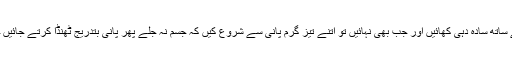
لیکن الرجی کا اثیک ہو نے سے پہلے اور بعد کھانے کے ساتھ سادہ دہی کھائیں اور جب بھی نہائیں تو اتنے تیز گرم پانی سے شروع کیں کہ جسم نہ جلے پھر پانی بتدریج ٹھنڈا کرتے جائیں حتہ کہ آخر میں پانی اتنا ٹھنڈا ہو جاۓ کہ سردی نہ لگے۔